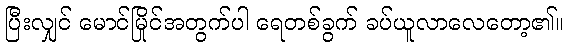
ပြီးလျှင် မောင်မြိုင်အတွက်ပါ ရေတစ်ခွက် ခပ်ယူလာလေတော့၏။